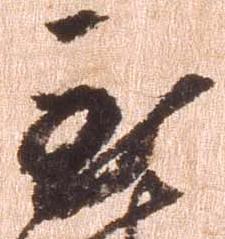
至